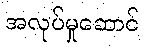
အလုပ်မှုဆောင်